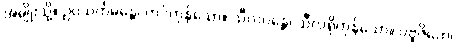
အမျိုးသို့။ ဥပသင်္ကမန္တေ၊ ကပ်ကုန်သော။ သီလဝန္တေ၊ သီလရှိကုန်သော။ ပဗ္ဗဇိတေ၊